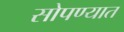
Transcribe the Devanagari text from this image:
सोपण्यात